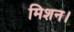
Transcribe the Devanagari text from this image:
मिशन।